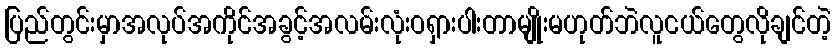
ပြည်တွင်းမှာအလုပ်အကိုင်အခွင့်အလမ်းလုံးဝရှားပါးတာမျိုးမဟုတ်ဘဲလူငယ်တွေလိုချင်တဲ့